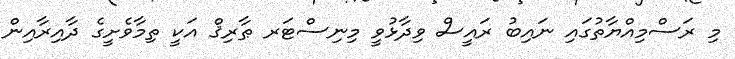
މި ރަސްމިއްޔާތުގައި ނައިބު ރައީސް ވިދާޅުވީ މިނިސްޓަރ ޠާރިޤް އަކީ ތިމާވެށީގެ ދާއިރާއިން